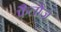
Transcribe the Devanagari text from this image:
फैलोज़